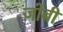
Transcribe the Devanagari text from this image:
जोंबी